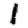
Digit: 1